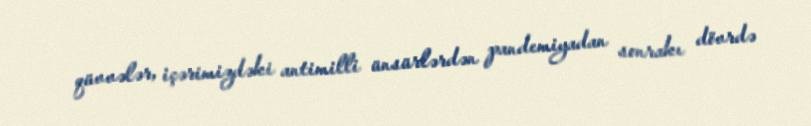
qüvvələr, içərimizdəki antimilli ünsürlərdən pandemiyadan sonrakı dövrdə